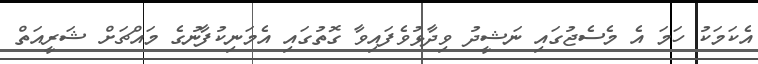
އެކަމަކު ހަމަ އެ މެސެޖުގައި ނަޝީދު ވިދާޅުވެފައިވާ ގޮތުގައި އެމަނިކުފާނުގެ މައްޗަށް ޝަރީއަތް